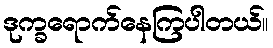
ဒုက္ခရောက်နေကြပါတယ်။